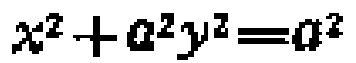
\(x^{2}+a^{2}y^{2}=a^{2}\)